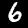
Label: 6